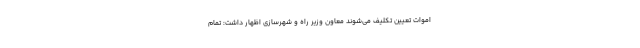
اموات تعیین تکلیف می‌شوند معاون وزیر راه و شهرسازی اظهار داشت: تمام